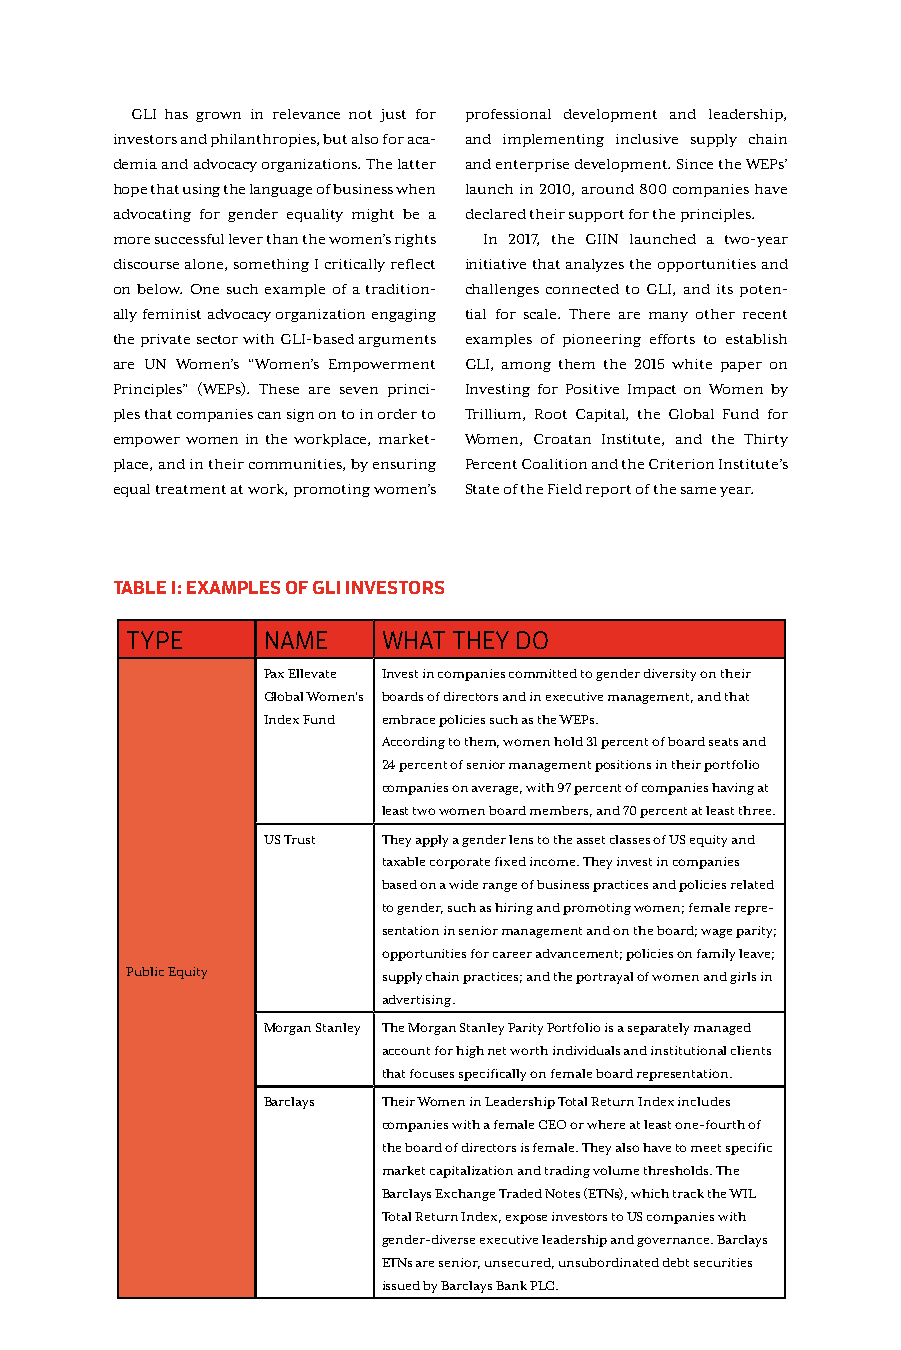
GLI has grown in relevance not just for professional development and leadership,
 investors and philanthropies, but also for aca- and implementing inclusive supply chain
 demia and advocacy organizations. The latter and enterprise development. Since the WEPs’
 hope that using the language of business when launch in 2010, around 800 companies have
 advocating for gender equality might be a declared their support for the principles.
 more successful lever than the women’s rights In 2017, the GIIN launched a two-year
 discourse alone, something I critically reflect initiative that analyzes the opportunities and
 on below. One such example of a tradition- challenges connected to GLI, and its poten-
 ally feminist advocacy organization engaging tial for scale. There are many other recent
 the private sector with GLI-based arguments examples of pioneering efforts to establish
 are UN Women’s “Women’s Empowerment GLI, among them the 2015 white paper on
 Principles” (WEPs). These are seven princi- Investing for Positive Impact on Women by
 ples that companies can sign on to in order to Trillium, Root Capital, the Global Fund for
 empower women in the workplace, market- Women, Croatan Institute, and the Thirty
 place, and in their communities, by ensuring Percent Coalition and the Criterion Institute’s
 equal treatment at work, promoting women’s State of the Field report of the same year.
 TABLE 1: EXAMPLES OF GLI INVESTORS
 TYPE     NAME    WHAT THEY DO
 Pax Ellevate Invest in companies committed to gender diversity on their
 Global Women’s boards of directors and in executive management, and that
 Index Fund embrace policies such as the WEPs.
 According to them, women hold 31 percent of board seats and
 24 percent of senior management positions in their portfolio
 companies on average, with 97 percent of companies having at
 least two women board members, and 70 percent at least three.
 US Trust They apply a gender lens to the asset classes of US equity and
 taxable corporate fixed income. They invest in companies
 based on a wide range of business practices and policies related
 to gender, such as hiring and promoting women; female repre-
 sentation in senior management and on the board; wage parity;
 opportunities for career advancement; policies on family leave;
 Public Equity    supply chain practices; and the portrayal of women and girls in
 advertising.
 Morgan Stanley The Morgan Stanley Parity Portfolio is a separately managed
 account for high net worth individuals and institutional clients
 that focuses specifically on female board representation.
 Barclays Their Women in Leadership Total Return Index includes
 companies with a female CEO or where at least one-fourth of
 the board of directors is female. They also have to meet specific
 market capitalization and trading volume thresholds. The
 Barclays Exchange Traded Notes (ETNs), which track the WIL
 Total Return Index, expose investors to US companies with
 gender-diverse executive leadership and governance. Barclays
 ETNs are senior, unsecured, unsubordinated debt securities
 issued by Barclays Bank PLC.